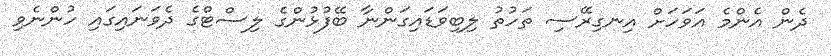
ދެން އެންމެ އަވަހަށް އިނގިރޭސި ތަހުތު ލިބިވަޑައިގަންނާ ބޭފުޅުންގެ ލިސްޓްގެ ދެވަނައިގައި ހުންނެވި